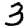
Digit: 3